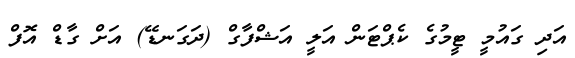
އަދި ގައުމީ ޓީމުގެ ކެޕްޓަން އަލީ އަޝްފާގް (ދަގަނޑޭ) އަށް ގާޑް އޮފް